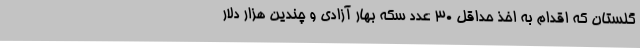
گلستان که اقدام به اخذ حداقل ۳۰ عدد سکه بهار آزادی و چندین هزار دلار